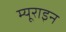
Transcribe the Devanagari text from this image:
म्यूराइन